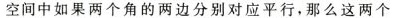
空间中如果两个角的两边分别对应平行，那么这两个